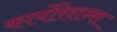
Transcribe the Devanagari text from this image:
कार्पोरेशन्स